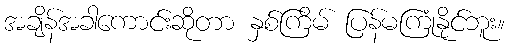
အချိန်အခါကောင်းဆိုတာ နှစ်ကြိမ် ပြန်မကြုံနိုင်ဘူး။